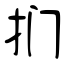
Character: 扪